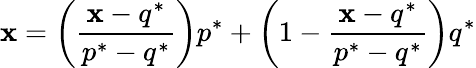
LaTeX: \mathbf{x}=\left({\frac{{\mathbf{x}-q^{*}}}{{p^{*}-q^{*}}}}\right)p^{*}+\left(1-{\frac{{\mathbf{x}-q^{*}}}{{p^{*}-q^{*}}}}\right)q^{*}